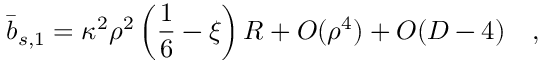
\bar { b } _ { s , 1 } = \kappa ^ { 2 } \rho ^ { 2 } \left( \frac 1 6 - \xi \right) R + O ( \rho ^ { 4 } ) + O ( D - 4 ) ~ ~ ~ ,